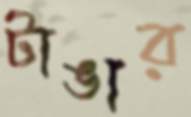
টাঙার